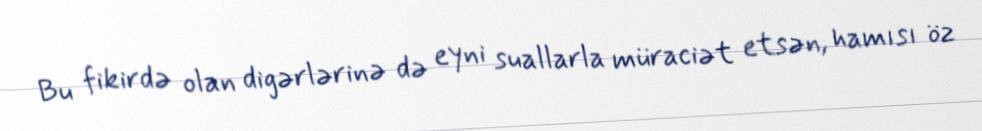
Bu fikirdə olan digərlərinə də eyni suallarla müraciət etsən, hamısı öz